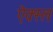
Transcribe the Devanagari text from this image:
ऐक्स्ल